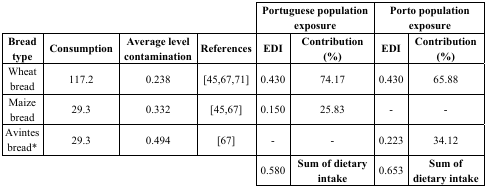
|  |  |  |  | <COLSPAN=2> Portuguese population exposure | <COLSPAN=2> Porto population exposure |
 | Bread type | Consumption | Average level contamination | References | EDI | Contribution (%) | EDI | Contribution (%) |
 | --- | --- | --- | --- | --- | --- | --- | --- |
 | Wheat bread | 117.2 | 0.238 | [45,67,71] | 0.430 | 74.17 | 0.430 | 65.88 |
 | Maize bread | 29.3 | 0.332 | [45,67] | 0.150 | 25.83 | - | - |
 | Avintes bread* | 29.3 | 0.494 | [67] | - | - | 0.223 | 34.12 |
 |  |  |  |  | 0.580 | Sum of dietary intake | 0.653 | Sum of dietary intake |